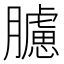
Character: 𦢛